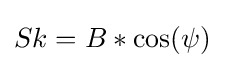
Sk=B*\cos(\psi )